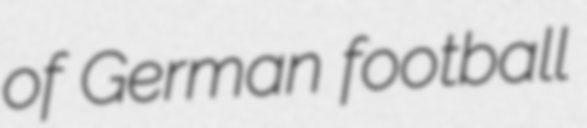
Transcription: of German football